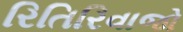
રિતિરિવાજો